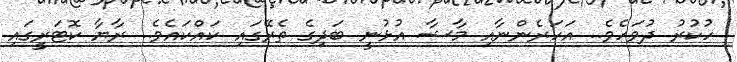
ހުކުރު ދުވަހެވެ.. އަހަރެންނާއި މާޝާ އުޅުނީ ބަދިގެ ތެރޭގައި ކައްކައެވެ.. ރާޔާ ކޮޓަރީގައި